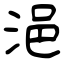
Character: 浥